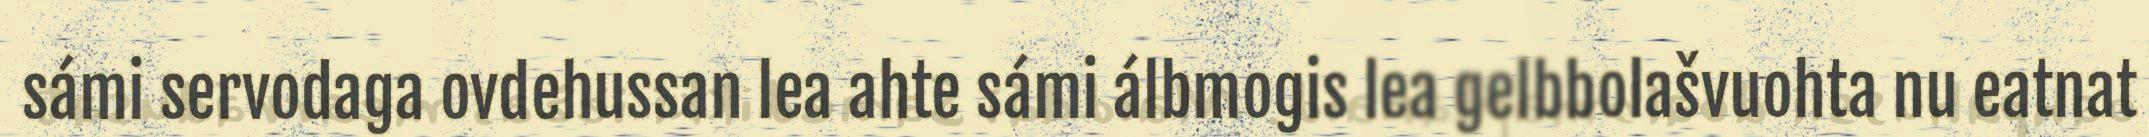
sámi servodaga ovdehussan lea ahte sámi álbmogis lea gelbbolašvuohta nu eatnat